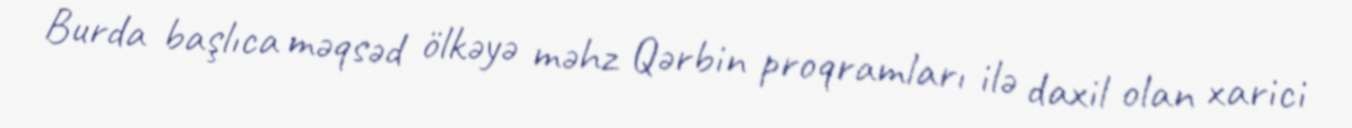
Burda başlıca məqsəd ölkəyə məhz Qərbin proqramları ilə daxil olan xarici